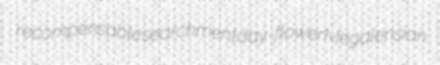
recompensable searchment day-flower Megalensian